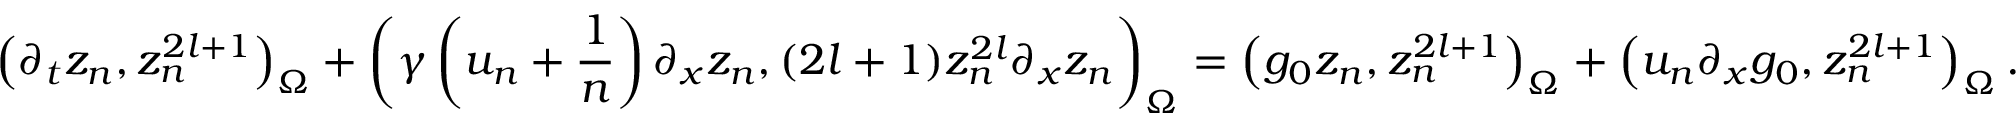
\left( \partial _ { t } z _ { n } , z _ { n } ^ { 2 l + 1 } \right) _ { \Omega } + \left( \gamma \left( u _ { n } + \frac { 1 } { n } \right) \partial _ { x } z _ { n } , ( 2 l + 1 ) z _ { n } ^ { 2 l } \partial _ { x } z _ { n } \right) _ { \Omega } = \left( g _ { 0 } z _ { n } , z _ { n } ^ { 2 l + 1 } \right) _ { \Omega } + \left( u _ { n } \partial _ { x } g _ { 0 } , z _ { n } ^ { 2 l + 1 } \right) _ { \Omega } .